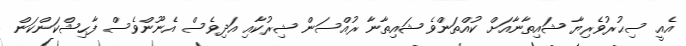
އެއީ ސިޙުރުވެރިޔާ ޝައިތާނާއަށް ކުއްތަންވެ ޝައިތާނާ ރުއްސަން ޝިރުކާއި އަދިވެސް އެނޫންވެސް ފާޙިޝްކަންކަން